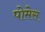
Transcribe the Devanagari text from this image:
पोमेस